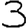
Digit: 3